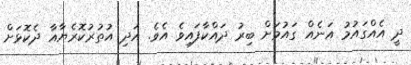
ދީ އެއްގައުމު އަނެއް ގައުމަށް ބިރު ދައްކާފައިވެ އެވެ. އަދި އުތުރުކޮރެޔާއާ ދެކޮޅަށް